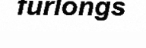
furlongs